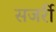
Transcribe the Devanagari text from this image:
सजर्री